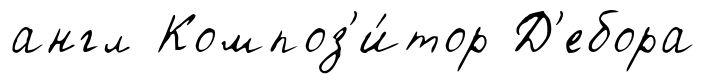
англ Композ'и́тор Д'ебора